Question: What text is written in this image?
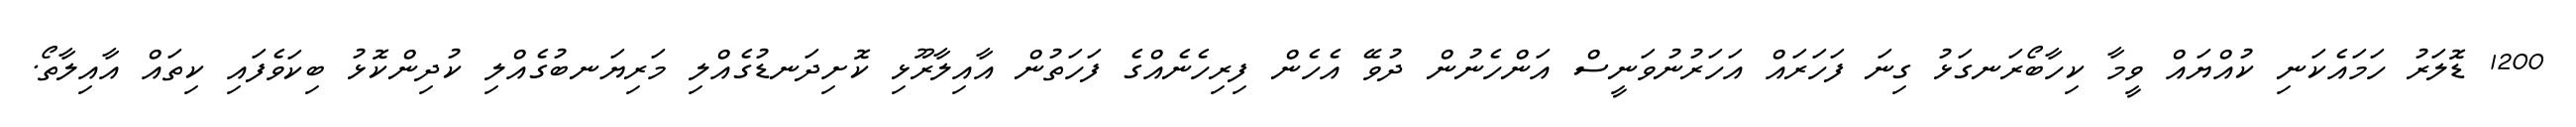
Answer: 1200 ޑޮލަރު ހަމައެކަނި ކުއްޔައް ވީމާ ކިހާބޯރަނގަޅު ގިނަ ފަހަރައް އަހަރުނުވަނީސް އަންހެނުން ދުވޭ އެހެން ފިރިހެނެއްގެ ފަހަތުން އާއިލާރޫޅި ކޮށިދަނޑުގެއްލި މަރިޔަނބުގެއްލި ކުދިންކޮޅު ބިކަވެފައި ކިތައް އާއިލާތޯ.